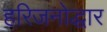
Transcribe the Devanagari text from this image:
हरिजनोद्धार